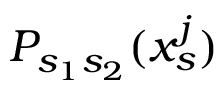
P _ { s _ { 1 } s _ { 2 } } ( x _ { s } ^ { j } )